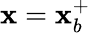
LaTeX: \mathbf{x}=\mathbf{x}_{b}^{+}